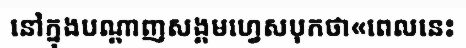
នៅក្នុងបណ្តាញសង្គមហ្វេសបុកថា«ពេលនេះ